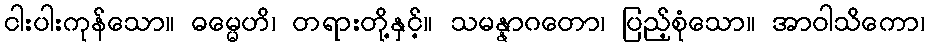
ငါးပါးကုန်သော။ ဓမ္မေဟိ၊ တရားတို့နှင့်။ သမန္နာဂတော၊ ပြည့်စုံသော။ အာဝါသိကော၊